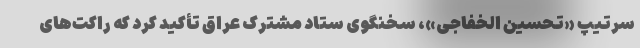
سرتیپ «تحسین الخفاجی»، سخنگوی ستاد مشترک عراق تأکید کرد که راکت‌های